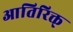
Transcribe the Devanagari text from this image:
आतिरिक्त्